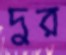
দুর